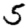
Digit: 5